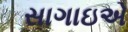
સાગાઇએ